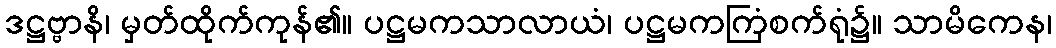
ဒဋ္ဌဗ္ဗာနိ၊ မှတ်ထိုက်ကုန်၏။ ပဋ္ဌမကသာလာယံ၊ ပဋ္ဌမကကြံစက်ရုံ၌။ သာမိကေန၊